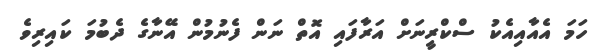
ހަމަ އެއާއިއެކު ސްކްރީނަށް އަރާފައި އޮތް ނަން ފެނުމުން އޭނާގެ ދެބުމަ ކައިރިވެ